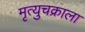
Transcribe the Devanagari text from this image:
मृत्युचक्राला